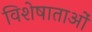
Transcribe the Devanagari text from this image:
विशेषाताओं